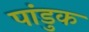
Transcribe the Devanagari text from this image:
पांडुक